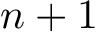
n + 1